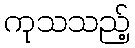
ကုသသည့်